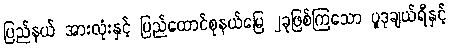
ပြည်နယ် အားလုံးနှင့် ပြည်ထောင်စုနယ်မြေ ၂ခုဖြစ်ကြသော ပူဒုချယ်ရီနှင့်